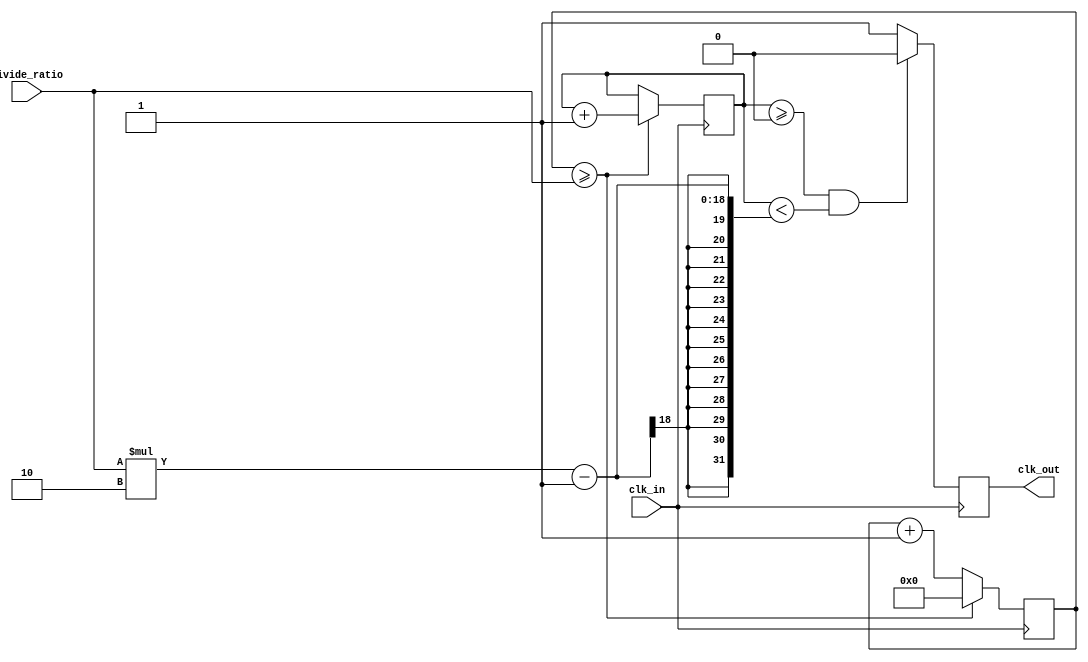
module fractional_clock_divider (
    input wire clk_in,
    input wire [15:0] divide_ratio,
    output reg clk_out
);

reg [31:0] counter;
reg [31:0] accumulator;

always @(posedge clk_in)
begin
    counter <= counter + 1;
    if (counter >= divide_ratio)
    begin
        counter <= 0;
        accumulator <= accumulator + 1;
    end
end

always @(posedge clk_in)
begin
    if (accumulator >= 0 && accumulator < (divide_ratio*2-1))
    begin
        clk_out <= 1'b0;
    end
    else
    begin
        clk_out <= 1'b1;
    end
end

endmodule